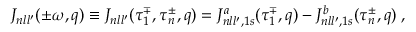
{ \cal J } _ { n l l ^ { \prime } } ( { \pm } \omega , q ) \equiv { \cal J } _ { n l l ^ { \prime } } ( \tau _ { 1 } ^ { \mp } , \tau _ { n } ^ { \pm } , q ) = { \cal J } _ { n l l ^ { \prime } , 1 s } ^ { a } ( \tau _ { 1 } ^ { \mp } , q ) - { \cal J } _ { n l l ^ { \prime } , 1 s } ^ { b } ( \tau _ { n } ^ { \pm } , q ) \; ,